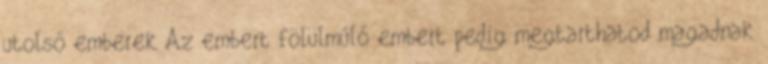
utolsó emberek Az embert fölülmúló embert pedig megtarthatod magadnak